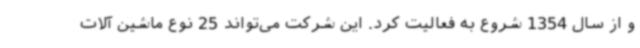
و از سال 1354 شروع به فعالیت کرد. این شرکت می‌تواند 25 نوع ماشین آلات